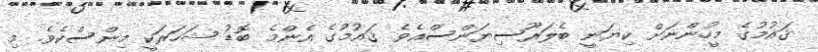
ޤައުމުގެ މީހުންނަށް ކިޔަނީ ބެލަރޫސިޔަންސްއެވެ. ޤައުމުގެ އެންމެ ބޮޑު ޝަހަރަކީ މިންސްކެވެ. މި